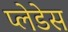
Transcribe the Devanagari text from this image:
प्लेडेस